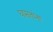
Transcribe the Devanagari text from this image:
घासतांना